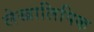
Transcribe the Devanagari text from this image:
लेखालिपिक